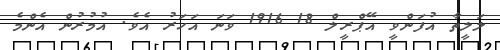
ލަލީތާ އުފަންވީ އޭޕްރީލް 18 1916 ވަނަ އަހަރު އެވެ. އުމުރުން އެންމެ